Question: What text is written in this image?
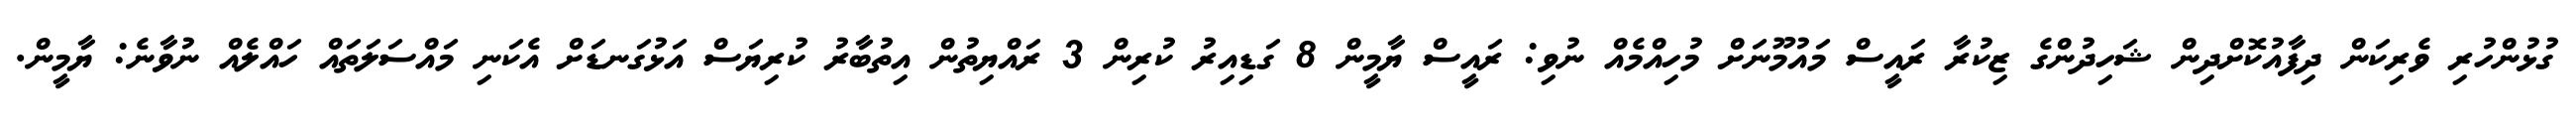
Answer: ގުޅުންހުރި ވެރިކަން ދިފާއުކޮށްދިން ޝަހިދުންގެ ޒިކުރާ ރައީސް މައުމޫނަށް މުހިއްމެއް ނުވި: ރައީސް ޔާމީން 8 ގަޑިއިރު ކުރިން 3 ރައްޔިތުން އިތުބާރު ކުރިޔަސް އަޅުގަނޑަށް އެކަނި މައްސަލަތައް ހައްލެއް ނުވާނެ: ޔާމީން.